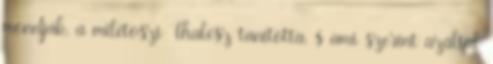
mondják, a milétoszi Thalész tanította, s ami szerint azáltal